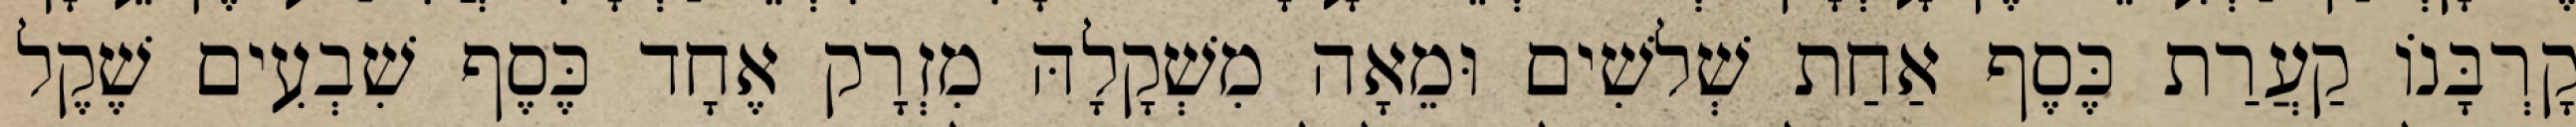
קָרְבָּנוֹ קַעֲרַת כֶּסֶף אַחַת שְׁלשִׁים וּמֵאָה מִשְׁקָלָהּ מִזְרָק אֶחָד כֶּסֶף שִׁבְעִים שֶׁקֶל